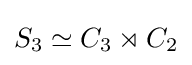
S_{3}\simeq C_{3}\rtimes C_{2}